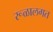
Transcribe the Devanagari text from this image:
रूळालगत